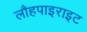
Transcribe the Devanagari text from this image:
लौहपाइराइट